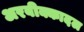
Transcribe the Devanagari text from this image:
अरबीक्कादल